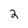
Character: 2